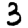
Digit: 3